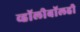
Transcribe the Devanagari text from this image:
व्हॉलीबॉलही